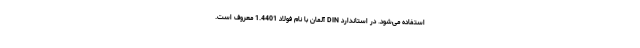
استفاده می‌شود. در استاندارد DIN آلمان با نام فولاد 1.4401 معروف است.